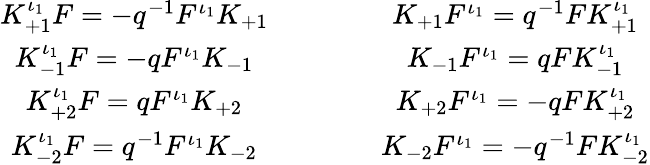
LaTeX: \begin{array}{c}{{K_{+1}^{\iota_{1}}F=-q^{-1}F^{\iota_{1}}K_{+1}}}\\ {{K_{-1}^{\iota_{1}}F=-qF^{\iota_{1}}K_{-1}}}\\ {{K_{+2}^{\iota_{1}}F=qF^{\iota_{1}}K_{+2}}}\\ {{K_{-2}^{\iota_{1}}F=q^{-1}F^{\iota_{1}}K_{-2}}}\end{array}\qquad\qquad\begin{array}{c}{{K_{+1}F^{\iota_{1}}=q^{-1}FK_{+1}^{\iota_{1}}}}\\ {{K_{-1}F^{\iota_{1}}=qFK_{-1}^{\iota_{1}}}}\\ {{K_{+2}F^{\iota_{1}}=-qFK_{+2}^{\iota_{1}}}}\\ {{K_{-2}F^{\iota_{1}}=-q^{-1}FK_{-2}^{\iota_{1}}}}\end{array}